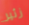
زئير